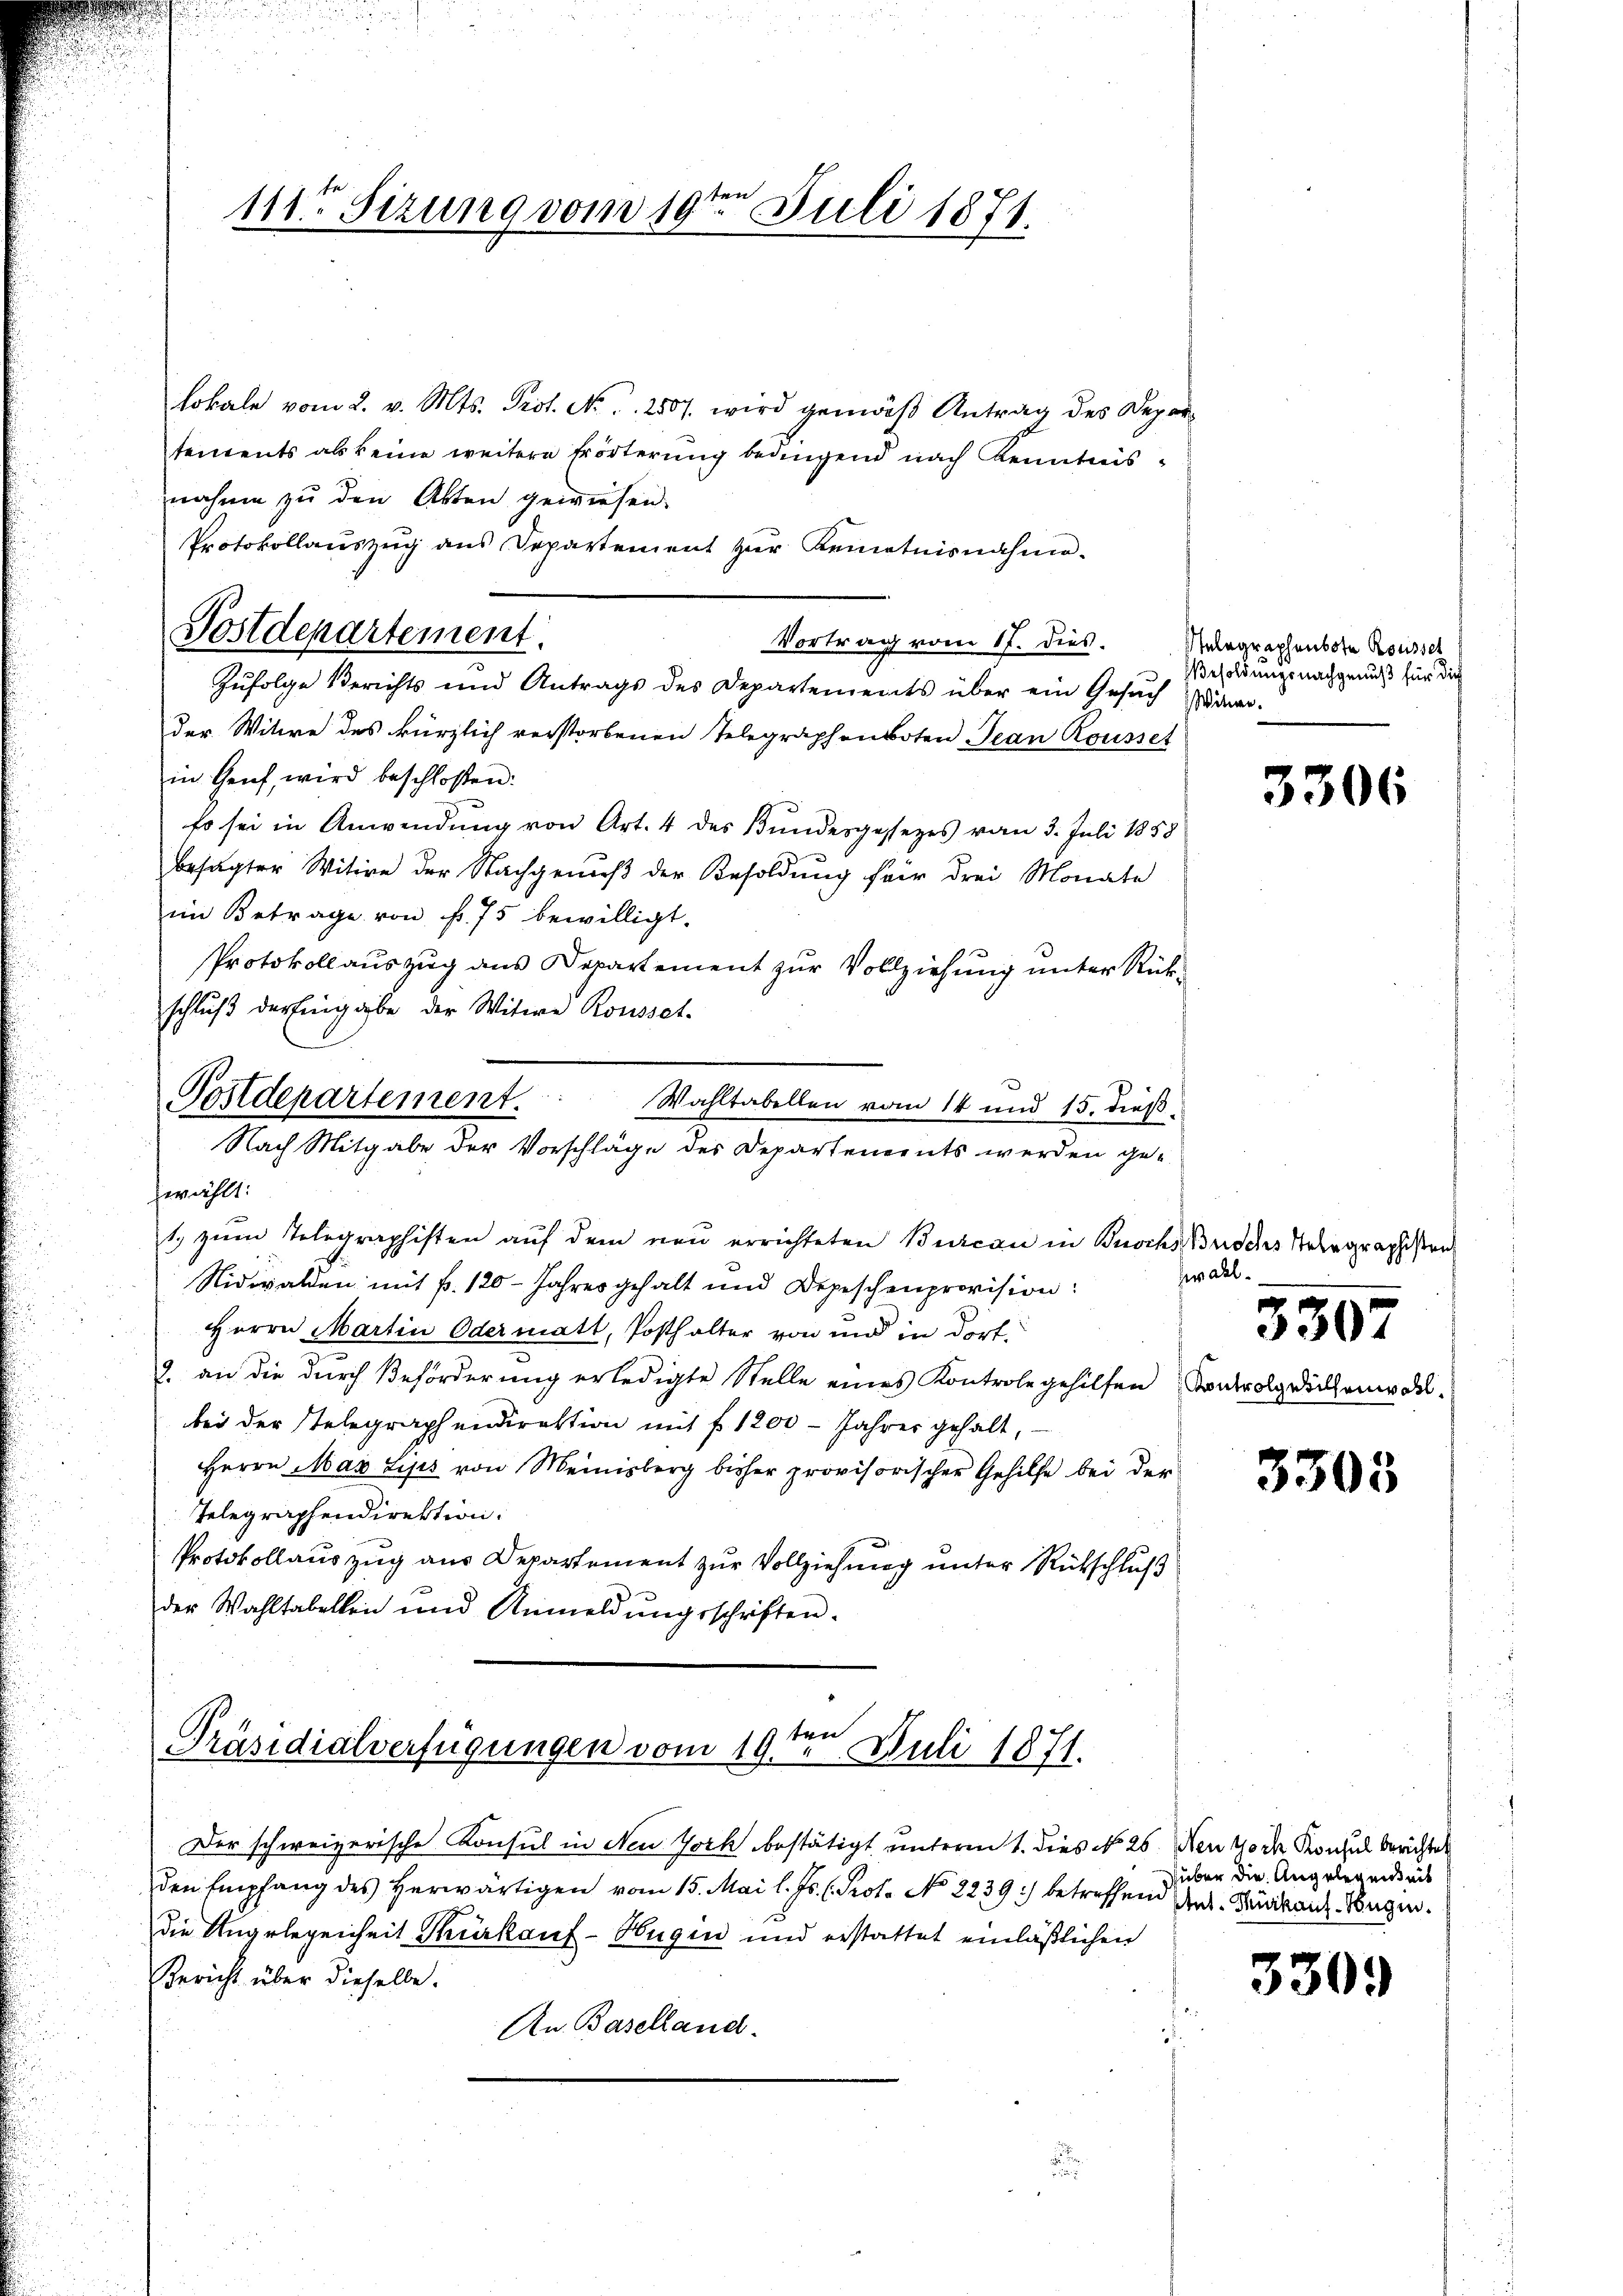
111ten Sizung vom 19te͇n Juli 1871.

lokale vom 2. v. Mts. Prot. No. 1. 2507. wird gemäß Antrag des Departements als keine weitere Erörterung bedingend nach Kenntnisnahme zu den Akten gewiesen.
Protokollauszug aus Departement zur Kenntnisnahme.
Vortrag vom 17. dies.
Zufolge Berichts und Antrags des Departements über ein Gesuch aner.
der Witwe des kürzlich verstorbenen Telegraphenboten Jean Rousset
in Genf, wird beschloßen:
Es sei in Anwendung von Art. 4 des Bundesgesezes vom 3. Juli 1858
besagter Witwe der Nachgenieß der Besoldung für drei Monate
im Betrage von f. 75 bewilligt.
Protokoll aŭszŭg ans Departement zŭr Vollziehŭng ŭnter Rück-
schlŭβ der Eingabe der Witwe Rousset.
Postdepartement. Wahltabellen vom 14 und 15. dieβ.
Nach Mitgabe der Vorschläge des Departenents werden ge-
wählt:

1. zum Telegraphisten auf dem neu errichteten Burcan in Buochs Brisches Telegraphisten
Nidwalden mit P. 120 - Jahresgehalt und Depeschenprovision:
Herrn Martin Odermatt, Posthalter von und in dort¬
2. an die durch Beförderŭng erledigte Stelle eines Kontrole gehilfen Kontrolgedeckenwohl.
bei der Telegraphendirektion mit f. 1200 - Jahres gehalt,
Herrn May Lips von Meinisberg bisher provisorischer Gehilfe bei der
Telegraphendirektion.
Protokollauszug aus Departement zur Vollziehung unter Rückschluß
der Wahltabellen und Anmeldŭngsschriften.

Postdepartement.

Präsidialverfügungen vom 19te͇n Juli 1871.

Der schweizerische Konsul in Neu Joch bestätigt unterm 1. dies No 26. Wen 40 in Konsul berichtet
den Empfang des herwärtigen vom 15. Mai l. Js. (Prot. No 2239) betreffend Art. Kakanz-Wegen.
die Angelegenheit Thürkauf-Hugen und erstattet einläßlichen
Bericht über dieselbe.
An Baselland.

Selegraphenbote Rousser
Besoldungsnachgenuß für die

3306

fwall.
3507

3303

über die Angelegenheit

330.